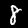
Digit: 8